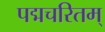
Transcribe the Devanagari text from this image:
पद्मचरितम्